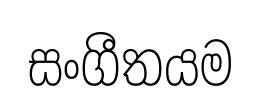
සංගීතයම